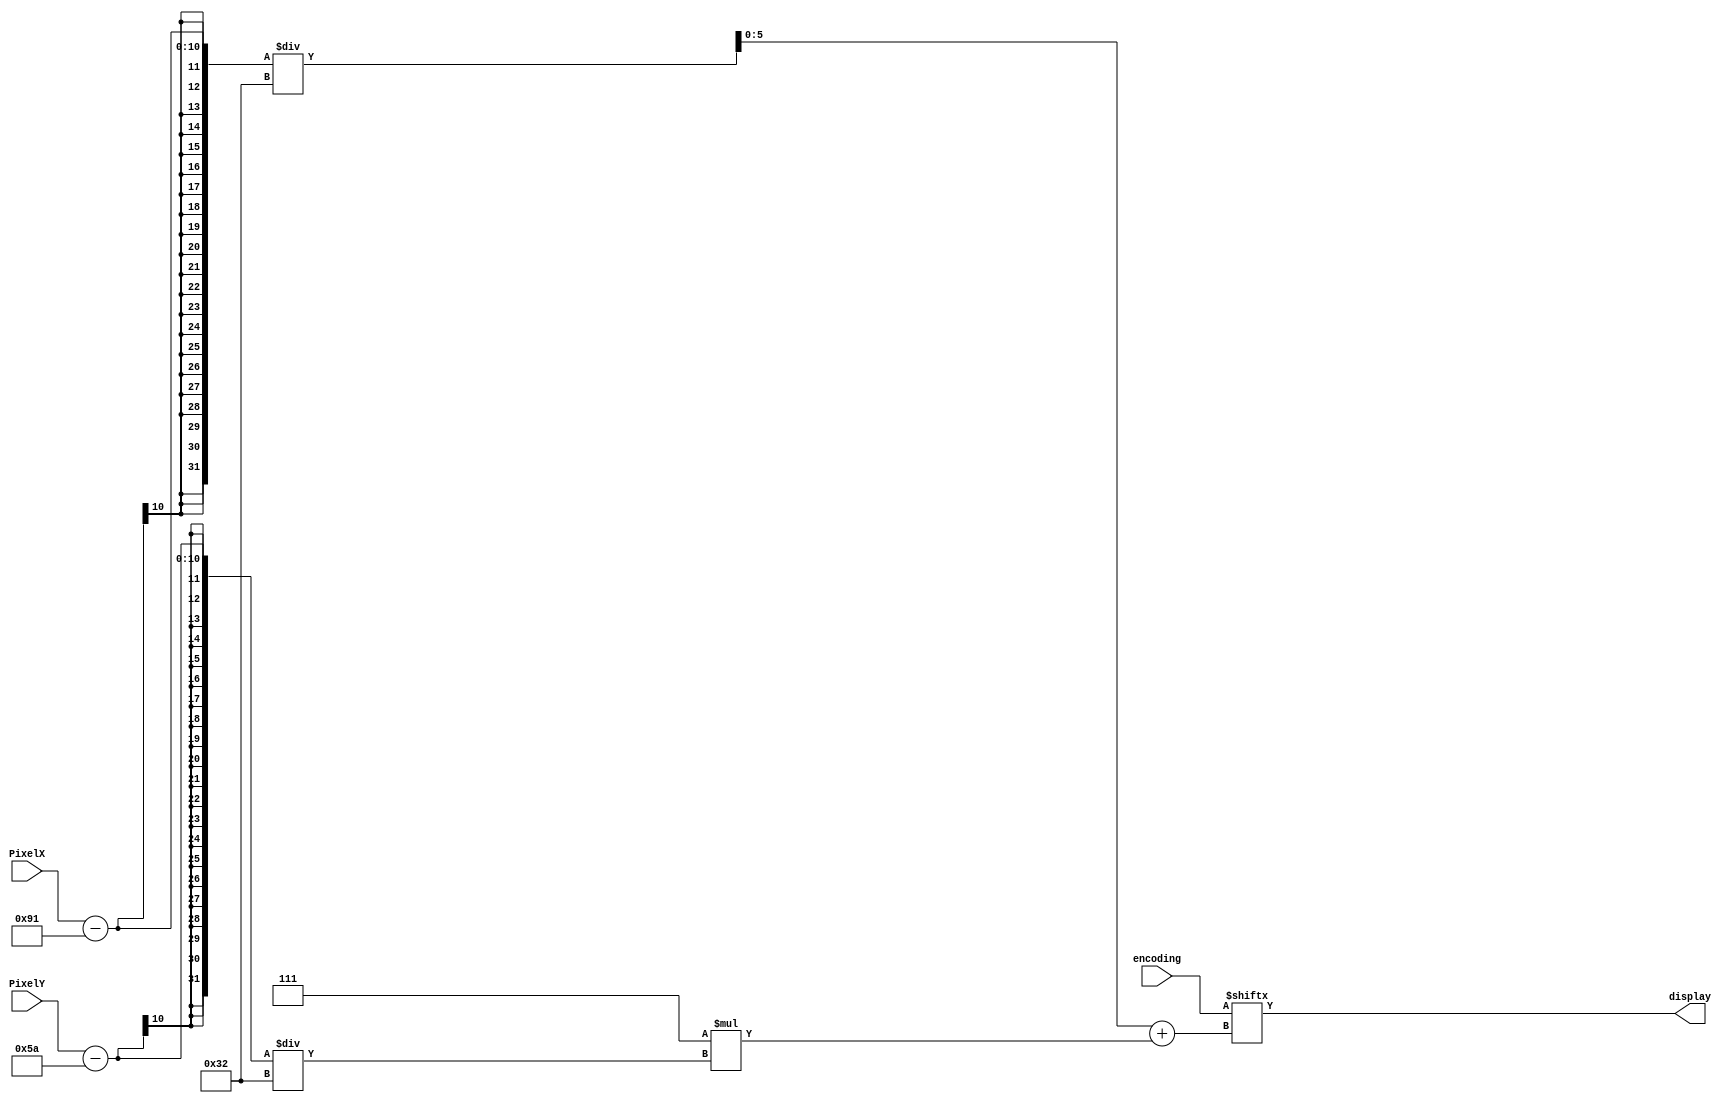
`timescale 1ns / 1ps
//////////////////////////////////////////////////////////////////////////////////
// Company: 
// Engineer: 
// 
// Design Name: 
// Module Name:    pieces 
// Project Name: 
// Target Devices: 
// Tool versions: 
// Description: 
//
// Dependencies: 
//
// Revision: 
// Revision 0.01 - File Created
// Additional Comments: 
//
//////////////////////////////////////////////////////////////////////////////////
module pieces(encoding, PixelX, PixelY, display);

	input [41:0] encoding;
	input [9:0] PixelX;
	input [9:0] PixelY;
	output display;
	reg [5:0] coordinate;
	
	always @* begin
		coordinate <= ((PixelX-145) / 50) + 7 * ((PixelY-90) / 50);
	end

	assign display = encoding[coordinate];

endmodule